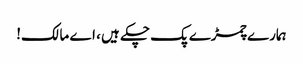
ہمارے چمڑے پک چکے ہیں ، اے مالک!